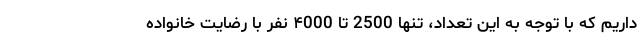
داریم که با توجه به این تعداد،‌ تنها 2500 تا ۴000 نفر با رضایت خانواده